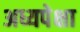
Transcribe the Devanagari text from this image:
अध्यपेक्षा